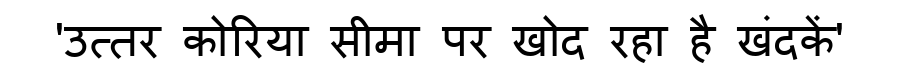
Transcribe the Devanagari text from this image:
'उत्तर कोरिया सीमा पर खोद रहा है खंदकें'